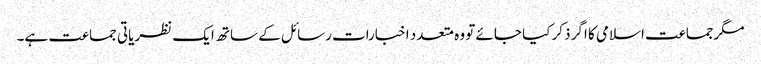
مگرجماعت اسلامی کا اگر ذکر کیا جائے تو وہ متعدد اخبارات رسائل کے ساتھ ایک نظریاتی جماعت ہے۔